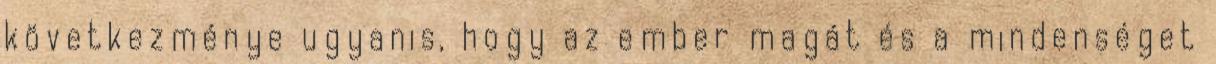
következménye ugyanis, hogy az ember magát és a mindenséget